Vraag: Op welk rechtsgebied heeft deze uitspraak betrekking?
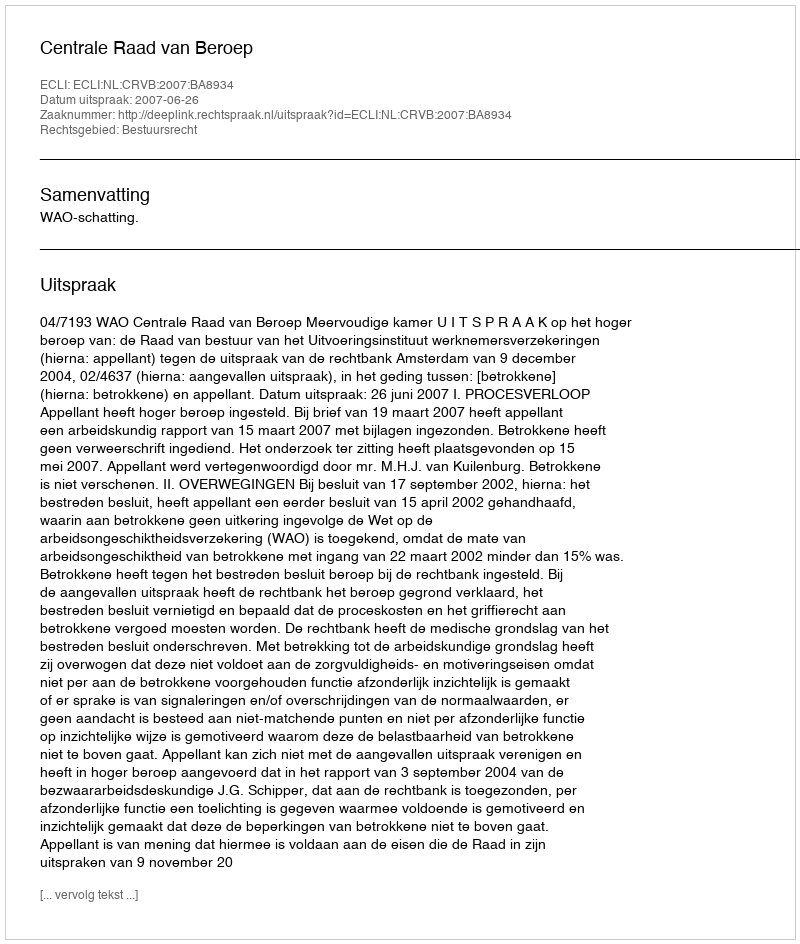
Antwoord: Bestuursrecht